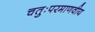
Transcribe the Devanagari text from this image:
चतुःपरमाणवीय